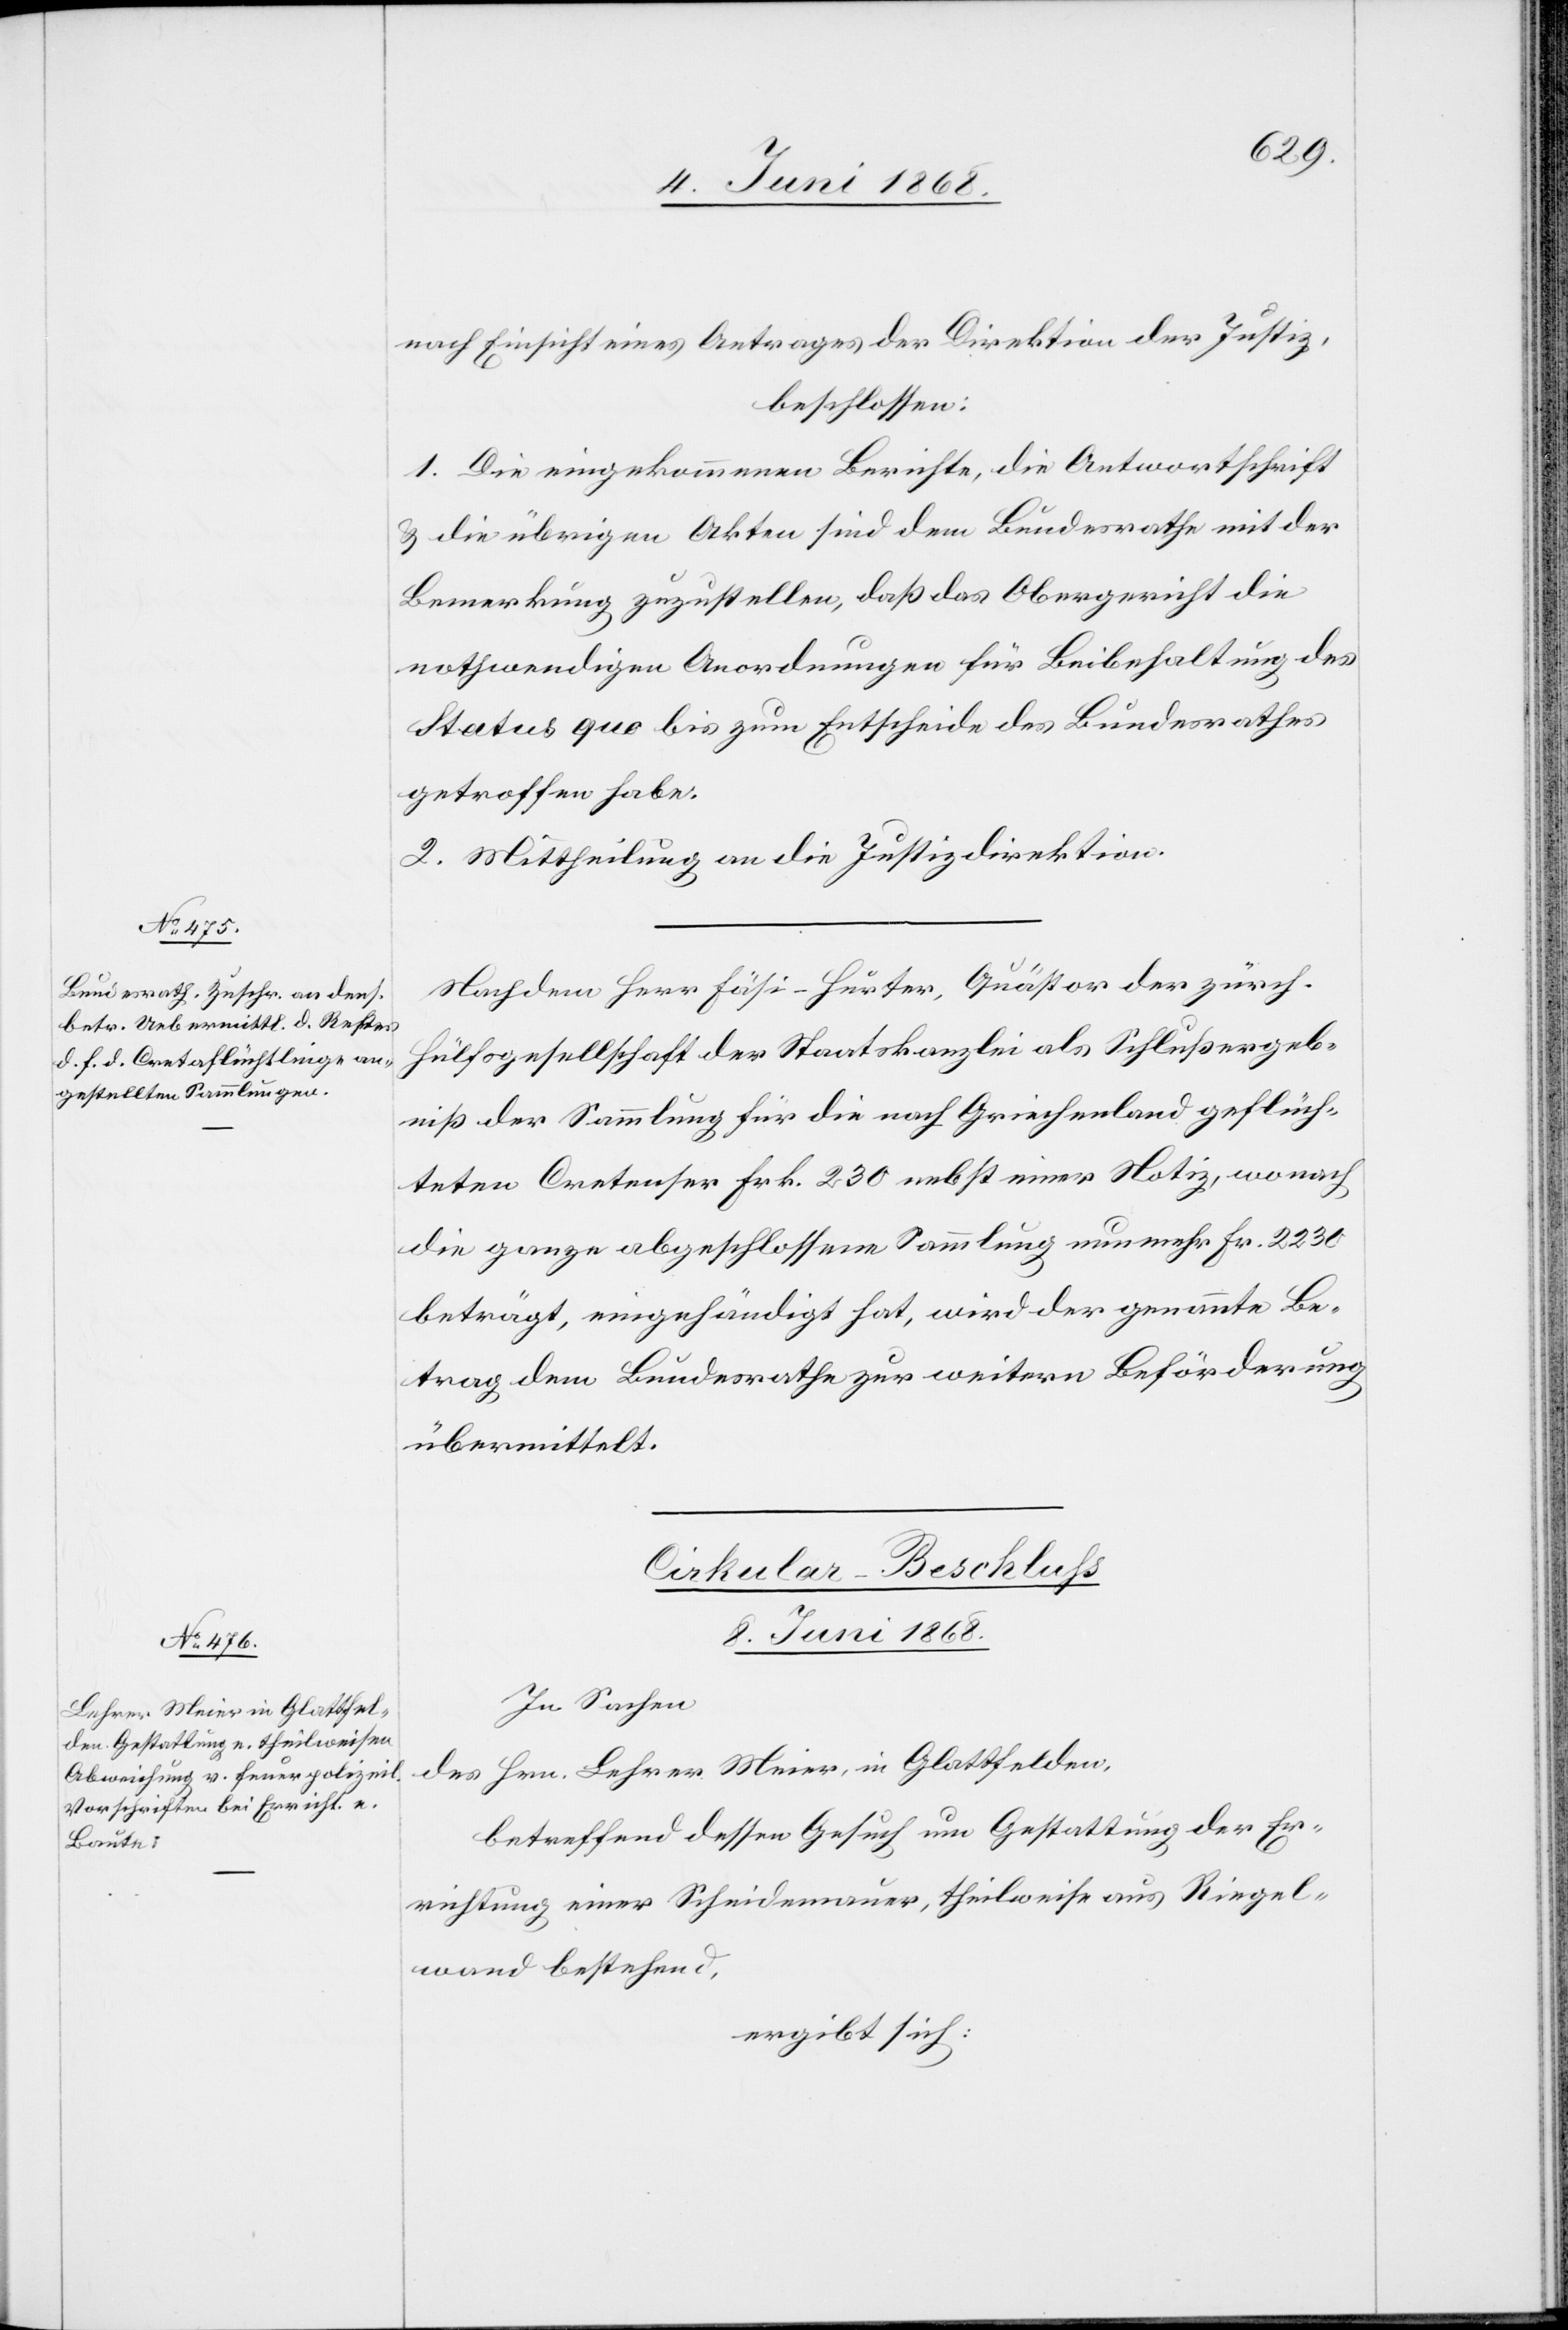
nach Einsicht eines Antrages der Direktion der Justiz,
beschlossen:
1. Die eingekommenen Berichte, die Antwortschrift
& die übrigen Akten sind dem Bundesrathe mit der
Bemerkung zuzustellen, daß das Obergericht die
nothwendigen Anordnungen für Beibehaltung des
Status quo bis zum Entscheide des Bundesrathes
getroffen habe.
2. Mittheilung an die Justizdirektion.
Nachdem Herr Fäsi-Hurter, Quästor der zürch.
Hülfsgesellschaft der Staatskanzlei als Schlußergeb¬
niß der Sammlung für die nach Griechenland geflüch¬
teten Cretenser Frk. 230 nebst einer Notiz, wonach
die ganze abgeschlossene Sammlung nunmehr Fr. 2230
beträgt, eingehändigt hat, wird der genannte Be¬
trag dem Bundesrathe zur weitern Beförderung
übermittelt.
Cirkular-Beschluss
8. Juni 1868.
In Sachen
des Hrn. Lehrer Meier, in Glattfelden,
betreffend dessen Gesuch um Gestattung der Er¬
richtung einer Scheidemauer, theilweise aus Riegel¬
wand bestehend,
ergibt sich: